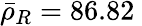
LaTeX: \bar{\rho}_{R}=86.82\